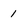
Character: 1